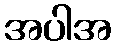
အပါအ